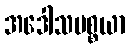
အဒေါသပစ္စယာ